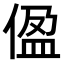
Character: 𫣂